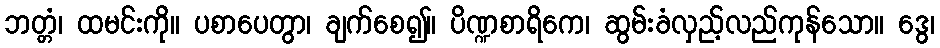
ဘတ္တံ၊ ထမင်းကို။ ပစာပေတွာ၊ ချက်စေ၍။ ပိဏ္ဍစာရိကေ၊ ဆွမ်းခံလှည့်လည်ကုန်သော။ ဒွေ၊